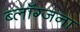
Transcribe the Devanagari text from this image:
ब्लॉग्जना